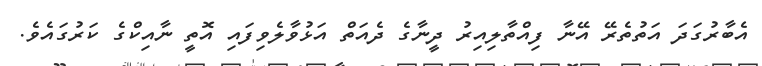
އެބާރުގަދަ އަތުތެރޭ އޭނާ ފިއްތާލިއިރު ދީނާގެ ދެއަތް އަޅުވާލެވިފައި އޮތީ ނާއިކްގެ ކަރުގައެވެ.